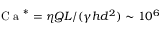
\mathrm { ~ C ~ a ~ } ^ { * } = \eta Q L / ( \gamma h d ^ { 2 } ) \sim 1 0 ^ { 6 }